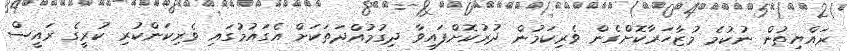
ރައްޔިތުން ނުކުމެ މުޒާހަރާކޮށްގެން ވެރިކަމުން ދުރުކޮށްފައިވާ ދިގުމުއްދަތަކަށް އެގައުމުގައި ވެރިކަންކުރި ކުރީގެ ރައީސް